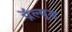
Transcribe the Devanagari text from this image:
प्रॅल्यूड